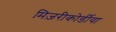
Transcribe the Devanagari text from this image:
मिज़रीकोर्डीया